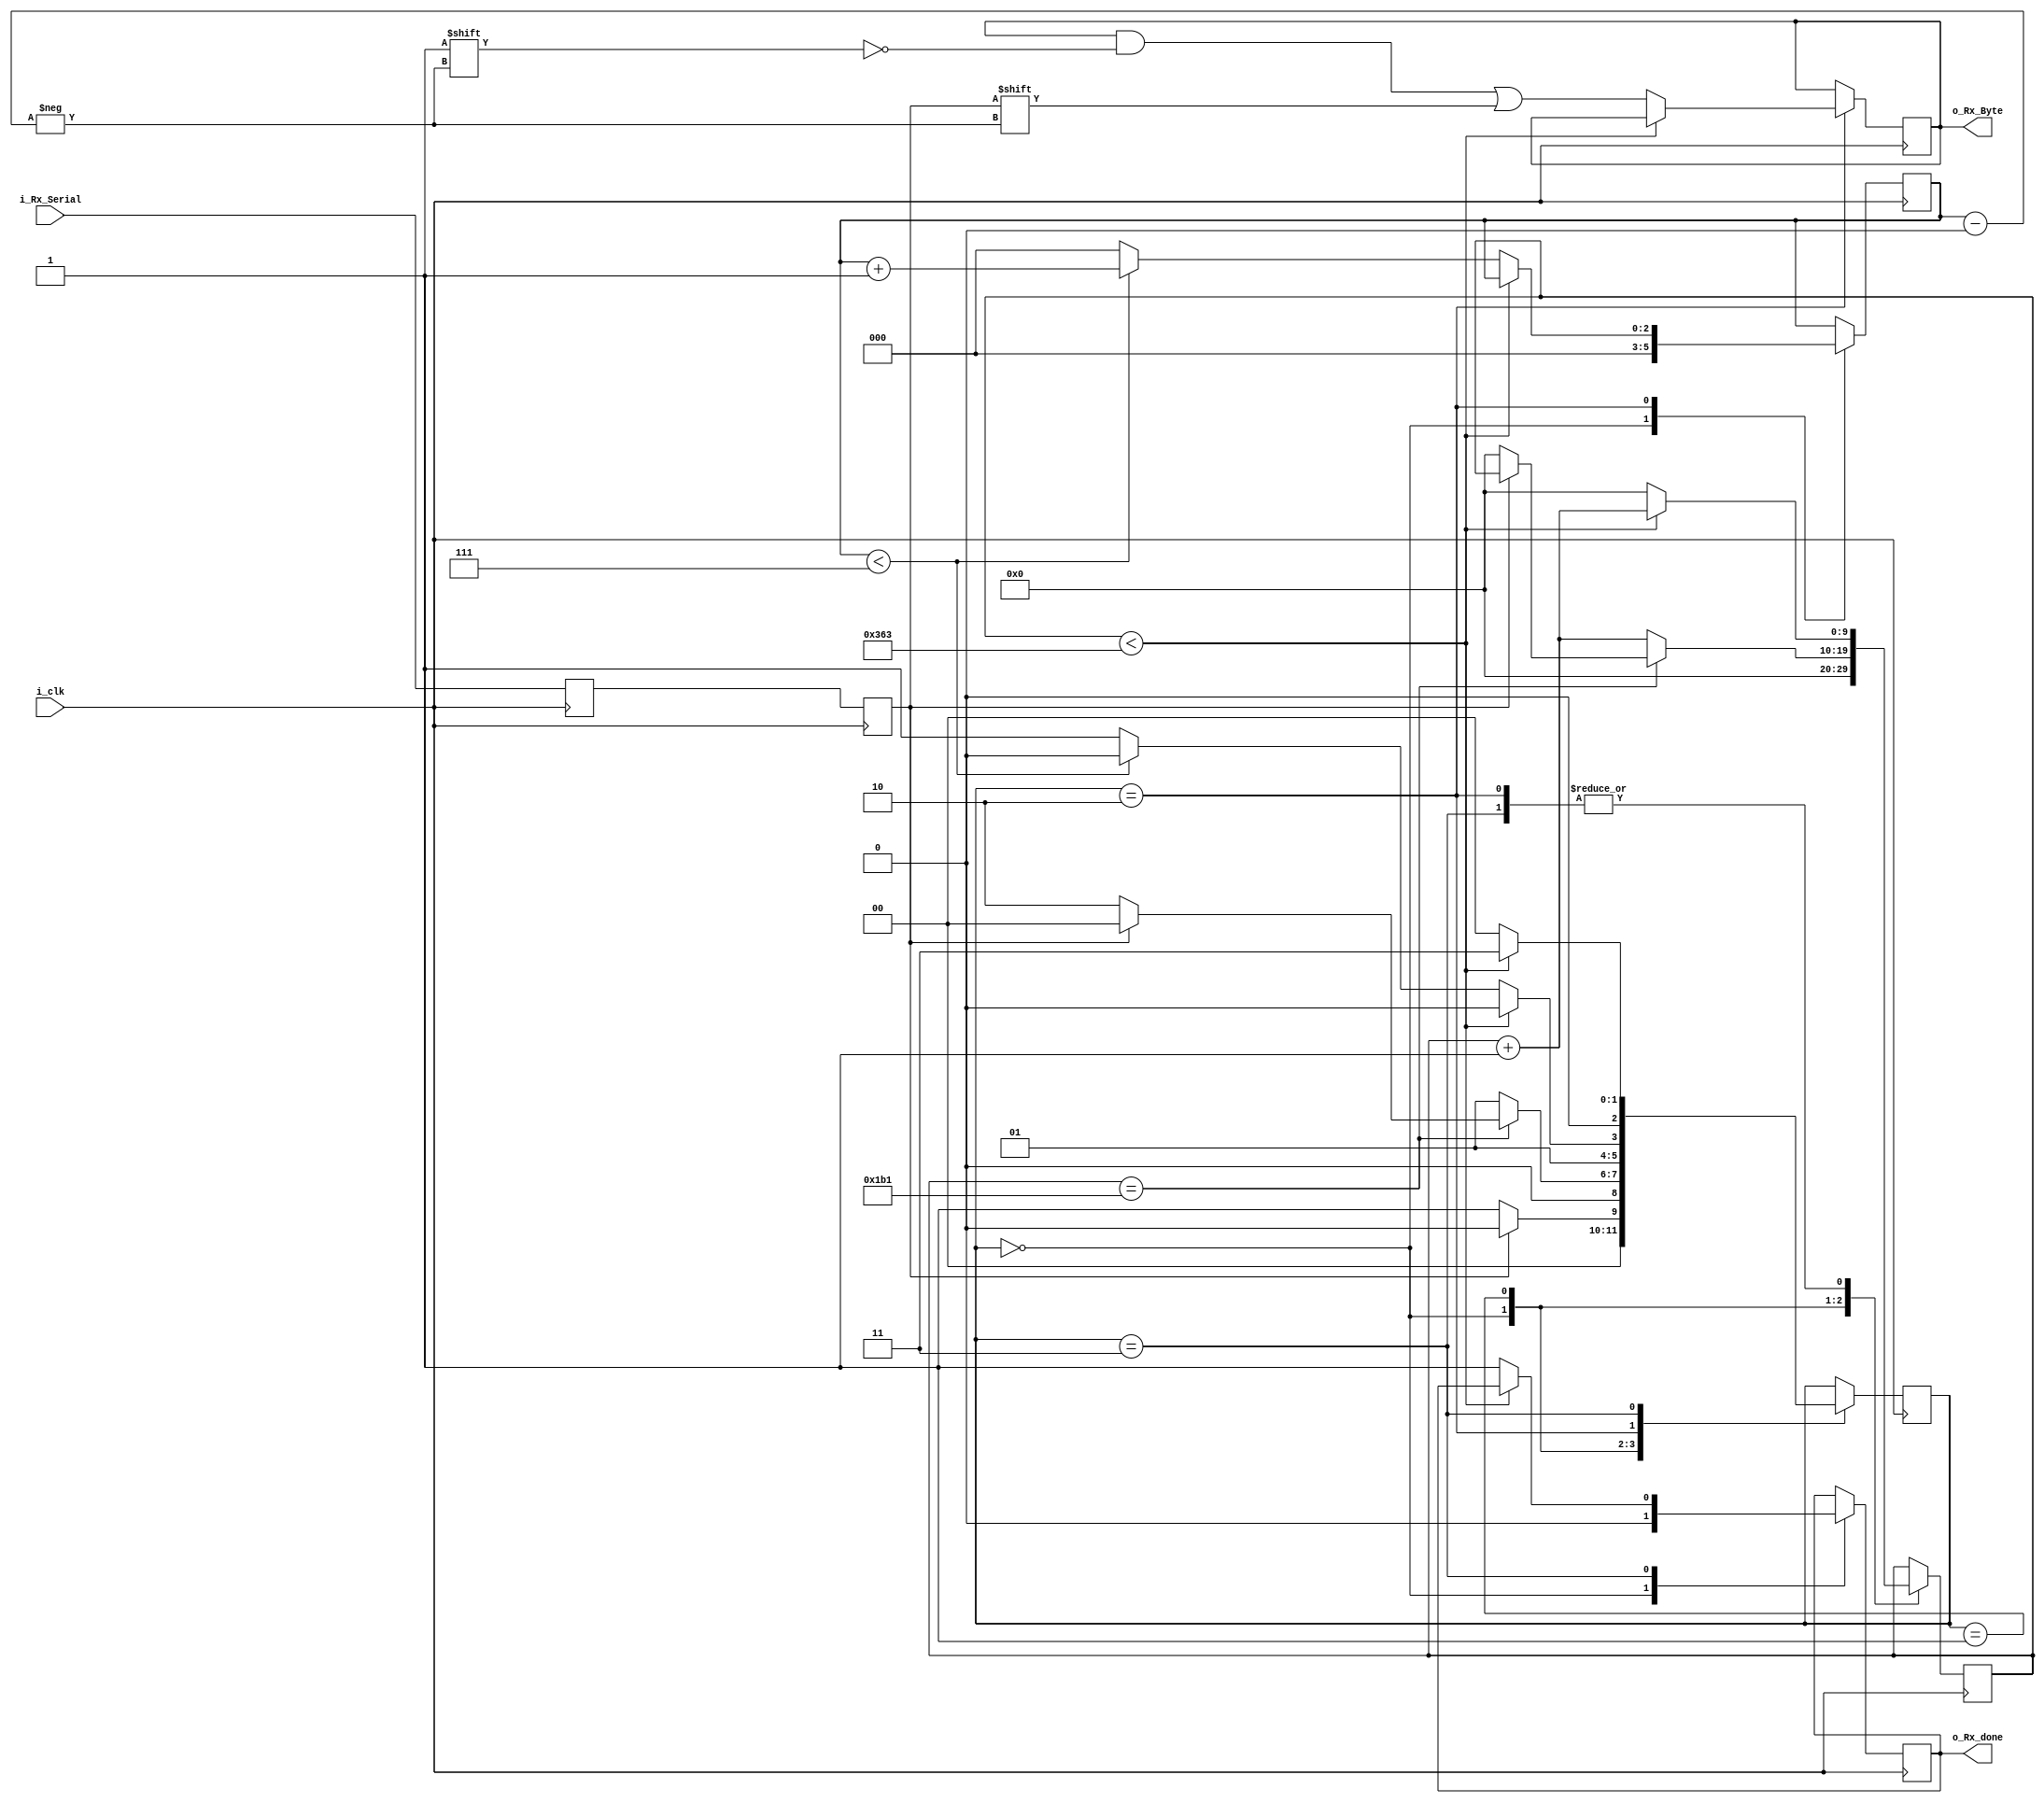
`timescale 1ns / 1ps

module uart_rx_t
    #(   
    parameter c_clkfreq    = 100_000_000,
    parameter c_baudrate   = 115_200         // Her bir clock'ta geen bit says.
    )(
    input        i_clk,
    input        i_Rx_Serial,    	// Veri hatt.
    output       o_Rx_done,		// Verinin alndn belirtir.
    output [7:0] o_Rx_Byte 		// Alnan veri.
    
    );
        
    //constrait olarak pinleri tanmla top modlde bir veri gndermeyle ilgili bir rnek yap.
    localparam CLKS_PER_BIT = c_clkfreq/c_baudrate;
    localparam s_IDLE         = 2'b00;	
    localparam s_RX_START_BIT = 2'b01;
    localparam s_RX_DATA_BITS = 2'b10;
    localparam s_RX_STOP_BIT  = 2'b11;
    
    reg           r_Rx_Data_R = 1'b1;		// IDLE durumundan balyoruz bu yzden logic 1'de.
    reg           r_Rx_Data   = 1'b1;		// IDLE durumundan balyoruz bu yzden logic 1'de.
   
    reg [$clog2(CLKS_PER_BIT)-1:0]      r_Clock_Count = 0;
    reg [2:0]                           r_Bit_counter = 0; //Toplam 8 veri biti.
    reg [7:0]                           r_Rx_Byte     = 0;
    reg                                 r_Rx_done     = 0;
    reg [2:0]                           r_SM_Main     = 0;
   
    // Gelen veriler iki kez kaydedilir. 
    // ki kez kaydedilen veriler, rneklemeden kaynaklanan sorunlar ortadan kaldrr. 
    // Bu sayede clock etki alannda sknt kmaz.
    /*
    always @(posedge (i_clk))
        begin
        r_Rx_Data  <= i_Rx_Serial;
        end
   */
   
   // Gelen veriler iki kez kaydedilir. 
   // ki kez kaydedilen veriler, rneklemeden kaynaklanan sorunlar ortadan kaldrr. 
   // Bu sayede clock etki alannda sknt kmaz.
   always @(posedge (i_clk))
       begin
       r_Rx_Data_R <= i_Rx_Serial;    
       r_Rx_Data   <= r_Rx_Data_R;    
       end
  
  
 
     always @(posedge (i_clk))
         begin
        
         case (r_SM_Main)
             s_IDLE :
             begin
                 r_Rx_done     = 1'b0;
                 r_Clock_Count = 0;
                 r_Bit_counter = 0;
              
                 if (r_Rx_Data == 1'b0)          // Balama bitinin tespiti salanr.
                     r_SM_Main = s_RX_START_BIT;
                 else
                     r_SM_Main = s_IDLE;
             end
   
    
              
             // rnekleme yapabilmek iin balang bitinin ortas alnr.
                 s_RX_START_BIT :
                 begin
                     if (r_Clock_Count == (CLKS_PER_BIT-1)/2) // constant' a bldmz iin sknt yok aslnda burda yaplan ilem saa kaydrma "" {1'b0,BAUD_DIV[15:1]}; ""
                     begin
                         if (r_Rx_Data == 1'b0)  //Balang bitini alglamak iin veri hatt sorgulanr.
                         begin
                             r_Clock_Count <= 0;  // Balang biti logic 0'daysa clock sayac sfrlanr.
                             r_SM_Main     <= s_RX_DATA_BITS;
                         end
                         else
                             r_SM_Main <= s_IDLE;
                         end else begin 
                             r_Clock_Count <= r_Clock_Count + 1;
                             r_SM_Main     <= s_RX_START_BIT;
                         end
                     end 
                     
                     // Verileri rneklemek iin "CLKS_PER_BIT-1" kadar beklenir.
                     s_RX_DATA_BITS :
                     begin
                         if (r_Clock_Count < CLKS_PER_BIT-1)
                         begin
                             r_Clock_Count <= r_Clock_Count + 1;
                             r_SM_Main     <= s_RX_DATA_BITS;
                         end else begin
                         r_Clock_Count            <= 0;
                         r_Rx_Byte[r_Bit_counter] <= r_Rx_Data;
                      
                         // Tm bitlerin alnp alnmad kontorl edilir.
                         if (r_Bit_counter < 7) 
                         begin
                             r_Bit_counter <= r_Bit_counter + 1; 
                             r_SM_Main     <= s_RX_DATA_BITS;
                         end else begin
                             r_Bit_counter <= 0;
                             r_SM_Main     <= s_RX_STOP_BIT;
                         end
                     end
                 end 
            
                 // Stop bit alnr. 
                 s_RX_STOP_BIT :
                 begin
                     // Dur biti iin "CLKS_PER_BIT-1" kadar beklenir.
                     if (r_Clock_Count < CLKS_PER_BIT-1)
                     begin
                         r_Clock_Count <= r_Clock_Count + 1;
                         r_SM_Main     <= s_RX_STOP_BIT;
                     end else begin
                         r_Rx_done     <= 1'b1;
                         r_Clock_Count <= 0;
                         r_SM_Main     <= s_IDLE;
                     end
                 end 
            
             endcase
        end   
    
    
    assign o_Rx_done = r_Rx_done; 
    assign o_Rx_Byte = r_Rx_Byte;
   
endmodule